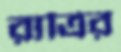
রাত্রির